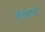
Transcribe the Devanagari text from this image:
फोडने